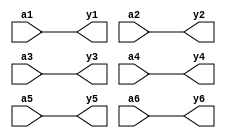
`timescale 1ns / 1ps
//////////////////////////////////////////////////////////////////////////////////
// Company:        MossbauerLab, EasySoft
// 
// Design Name: 
// Module Name:    SN74LS04
// Project Name:   sm2201_interface_board
// Target Devices: 
// Tool versions:  Quartus 12.1 sp1
// Description:    An implementation of chip SN74LS07 (6 1 bit buffers)
//
// Dependencies: 
//
// Revision: 
// Revision 1.0
// Additional Comments: Analog of 5559
//
//////////////////////////////////////////////////////////////////////////////////

module SN74LS07
(
    input wire a1,
    output wire y1,
    
    input wire a2,
    output wire y2,
    
    input wire a3,
    output wire y3,

    input wire a4,
    output wire y4,
    
    input wire a5,
    output wire y5,
    
    input wire a6,
    output wire y6
);

buf(y1, a1);
buf(y2, a2);
buf(y3, a3);
buf(y4, a4);
buf(y5, a5);
buf(y6, a6);

endmodule